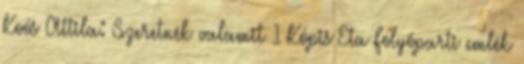
Koós Attila: Szeretnék valamit 1 Kópis Eta Folyóparti emlék